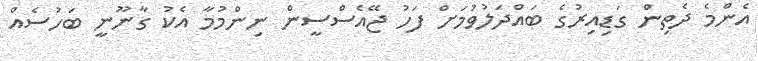
އެންމެ ދެތިން ގަޑިއިރުގެ ބައްދަލުވުމަށް ފަހު ޖޭއެސްސީން ނިންމުމާ އެކު ގާނޫނީ ބަހުސެއް